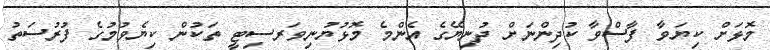
މޮޅަށް ކިޔަވާ ފާސްވާ ކުދިންނަށް ދުނިޔޭގެ އެންމެ މޮޅުޔުނިވަރސިޓީ ތަކުން ކިޔެވުމުގެ ފުރުސަތު